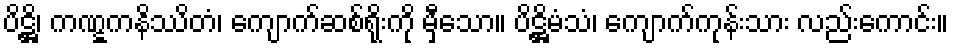
ပိဋ္ဌိ၊ ကဏ္ဋကနိဿိတံ၊ ကျောက်ဆစ်ရိုးကို မှီသော။ ပိဋ္ဌိမံသံ၊ ကျောက်ကုန်းသား လည်းကောင်း။